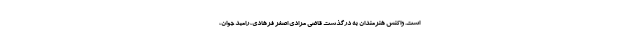
است. واکنش‌ هنرمندان به درگذشت قاضی مرادی اصغر فرهادی، رامبد جوان،